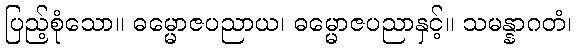
ပြည့်စုံသော။ ဓမ္မောဇပညာယ၊ ဓမ္မောဇပညာနှင့်။ သမန္နာဂတံ၊